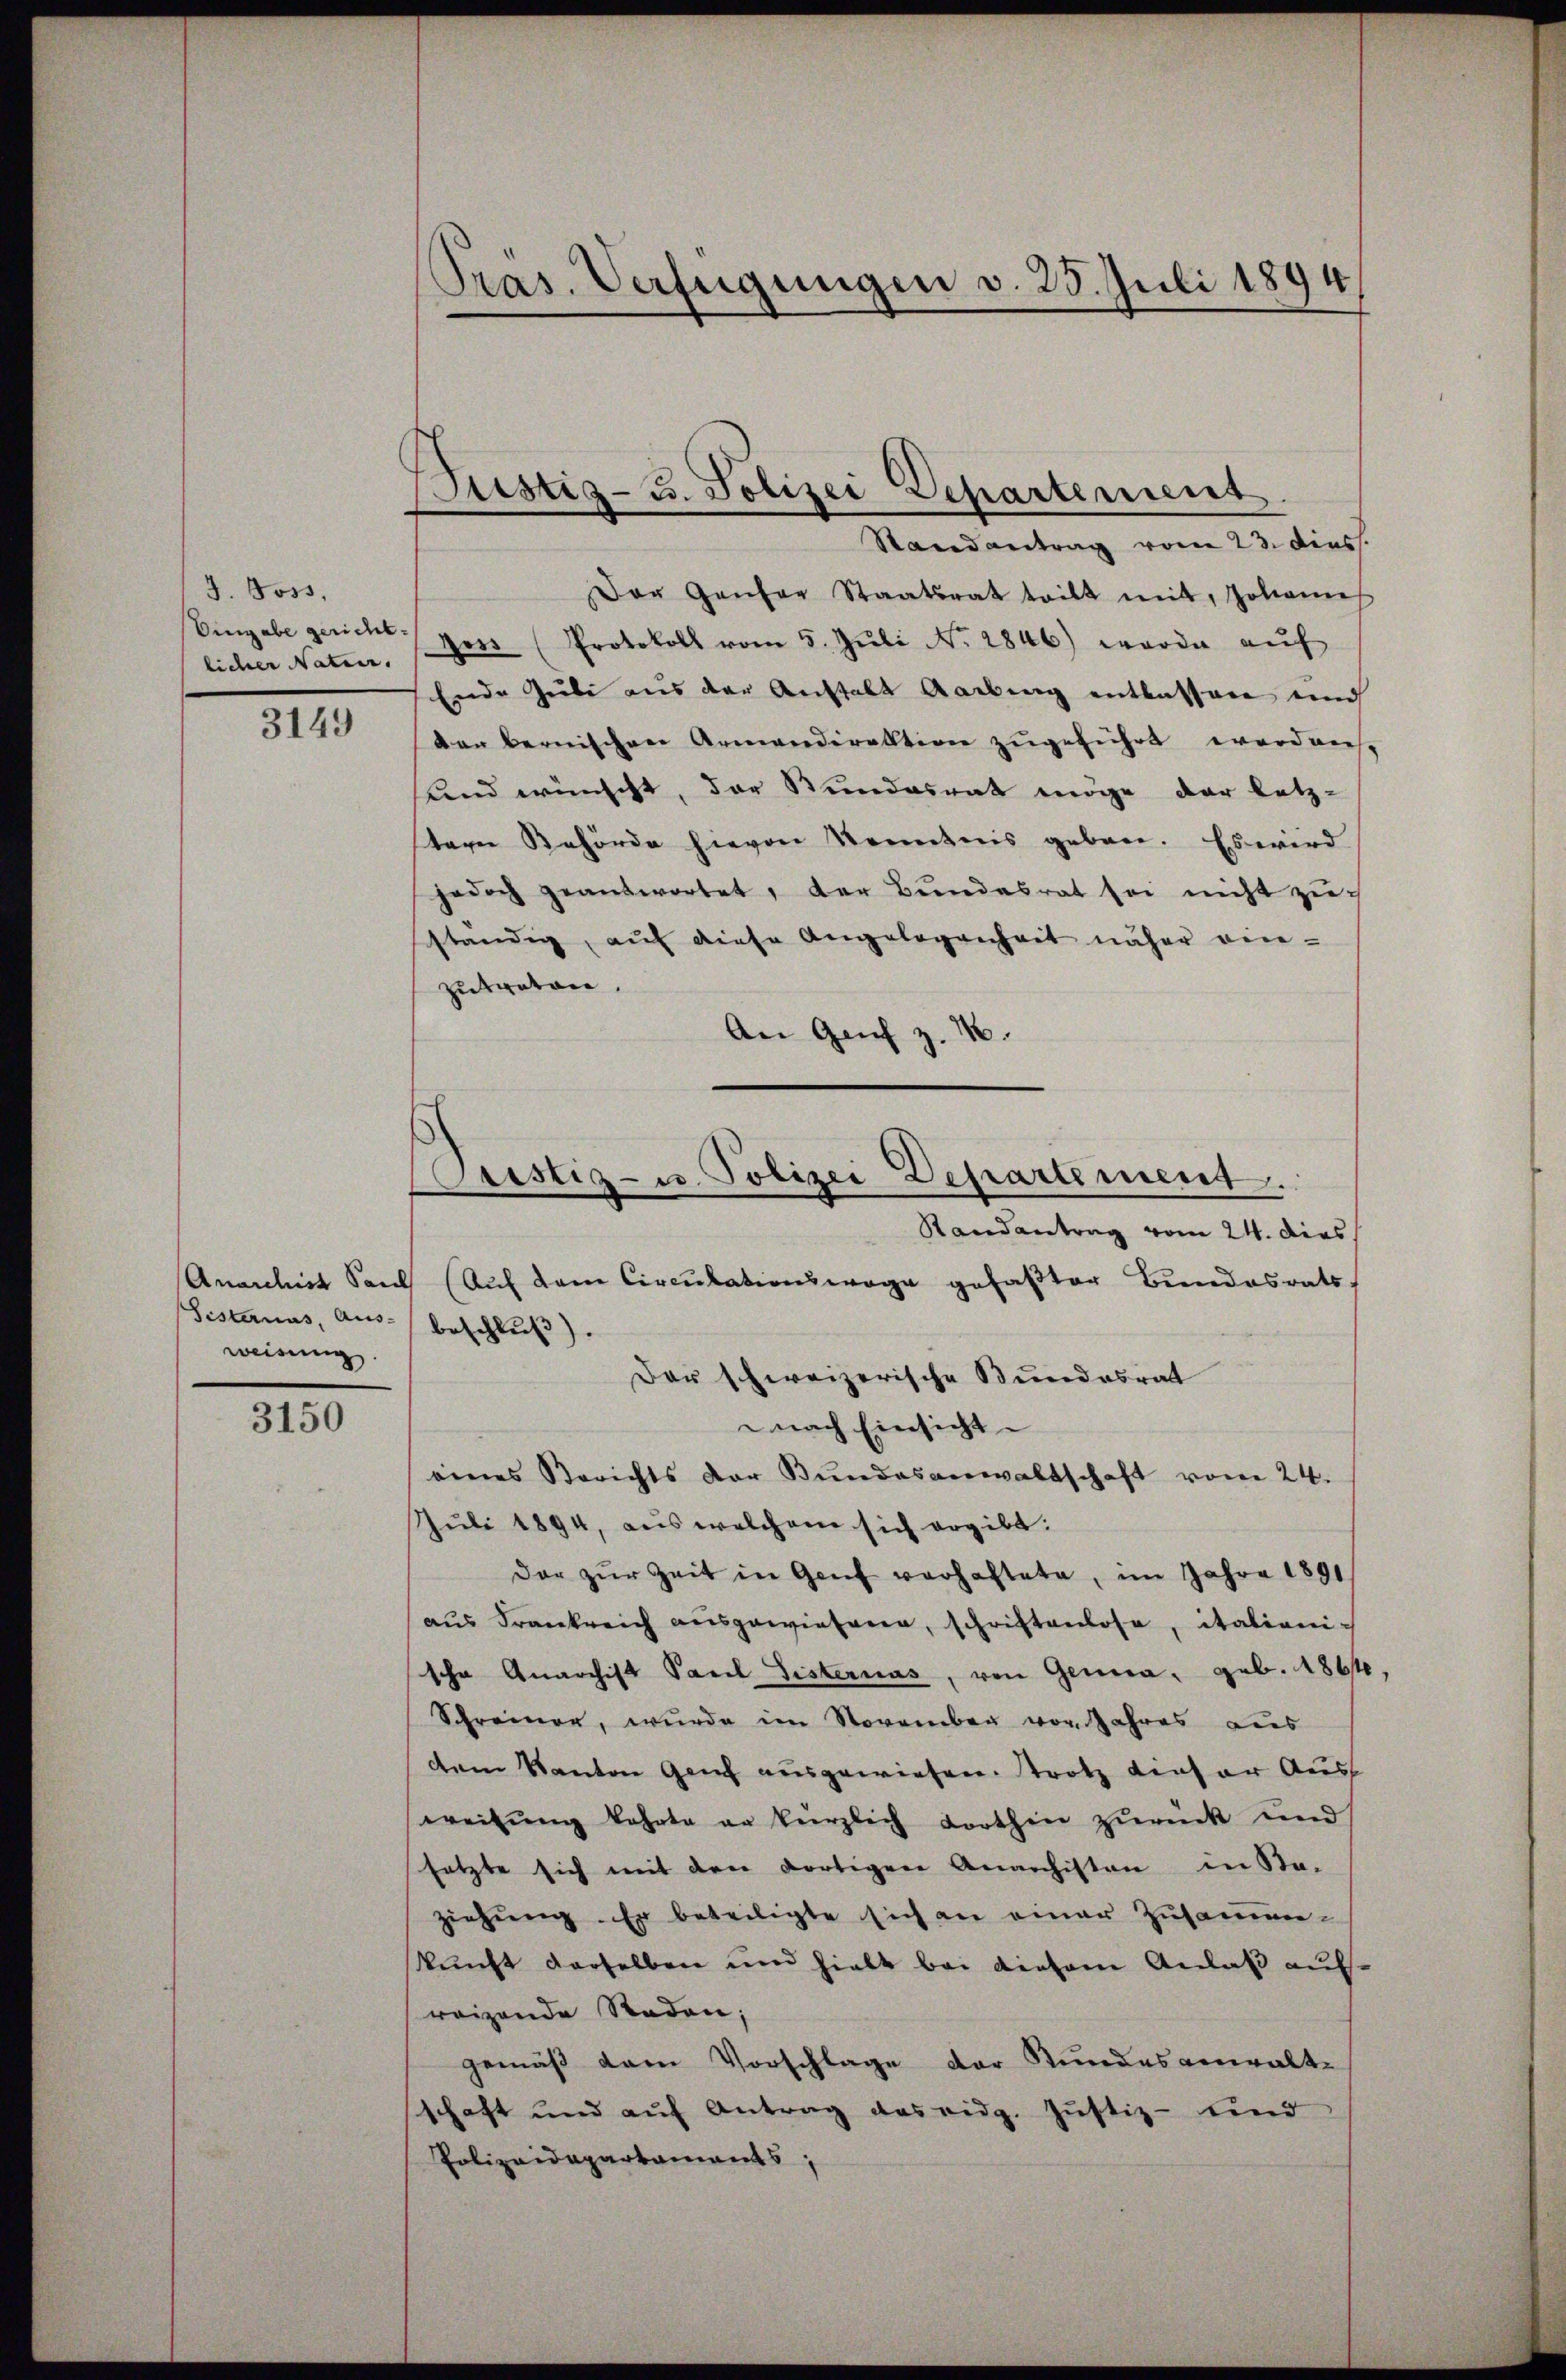
J. Foss,
Eingabe gericht.
licher Naten.

3149

Anarchst Saus
Fisternas, Aus-
weisung

3150

Präs. Verfügungen v. 25. Juli 1894

ustiz- u. Polizei Departement
Randantrag vom 23. Diess.

Der Gantar Staatsrat teilt mit, Johann
Hess (Protokoll vom 5. Jŭli No. 2846) wurde aŭf
Ende Gube aus der Anstalt Aarbung entlassen und
den bernischen Armendirektion zugeführt worden.
sund wünscht, der Stundesrat möge der letz-
tern Behörde hievon Kenntnis geborn. Es wird
jedoch geantwortet, der Bundesrat sei nicht zusständig, auf diese Angelegenheit näher ein-
zutreten.
.
An Genf z.
Aŭf dem Circulationswage gefaßter Bundesrats.
beschluß).
Der schweizerische Bundesrat
nach Einsicht
eines Berichts der Bundesanwaltschaft vom 24.
Juli 1894, aus welchem sich ergibt:
dar zŭr Zeit in Genf verhaltete, im Jahre 1891
aus Frankreich ausgewiesene, schriftenlose, italienische Anarchist Pacel Fisternas, von Gena, geb. 1864,
Schreiner, wurde im November vor Jahres aus
dem Kanton Genf ausgewiesen. Trotz dieser Aus
wreitŭng kehrte er herzlich dorthin zŭrück und
setzte sich mit den dortigen Anarchisten in Sa-
ziehung. Er beteiligte sich an einer Zusammkunft derselben und hielt bei diesem Anlaß aufreizende Raden;
gemäß dem Vorschlage der Stundesanwalt-
schaft und aŭf Antrag das eidg. Justiz- und
Polizeidepartaments,

Cristig- u. Polizei Departement.
Randantrag vom 24. dies